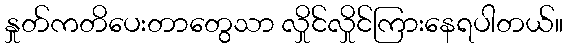
နှုတ်ကတိပေးတာတွေသာ လှိုင်လှိုင်ကြားနေရပါတယ်။